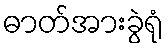
ဓာတ်အားခွဲရုံ